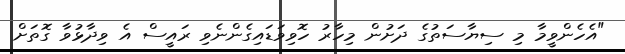
"އެހެންވީމާ މި ސިޔާސަތުގެ ދަށުން މިހާރު ހޮވިވަޑައިގެންނެވި ރައީސް އެ ވިދާޅުވާ ގޮތަށް